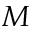
M